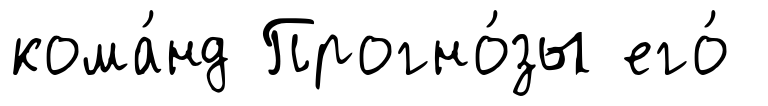
кома́нд Прогно́зы его́